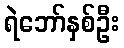
ရဲဘော်နှစ်ဦး